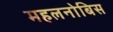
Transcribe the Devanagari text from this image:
महलनोबिस